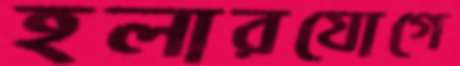
হলারযোগে